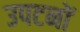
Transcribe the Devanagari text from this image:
उपटनों